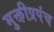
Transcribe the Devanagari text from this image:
मुक्तीप्रपंच